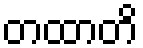
တထာတိ